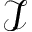
\mathcal { I }